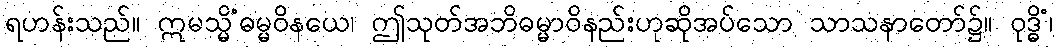
ရဟန်းသည်။ ဣမသ္မိံဓမ္မဝိနယေ၊ ဤသုတ်အဘိဓမ္မာဝိနည်းဟုဆိုအပ်သော သာသနာတော်၌။ ဝုဒ္ဓိံ၊